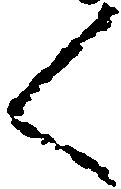
く